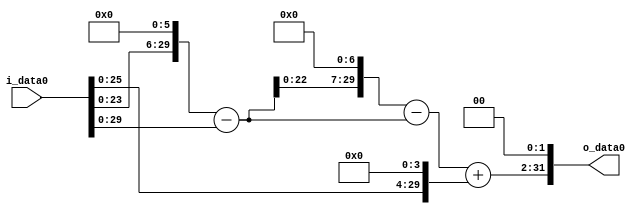
module multiplier_block (
    i_data0,
    o_data0
);

  // Port mode declarations:
  input   [31:0] i_data0;
  output  [31:0]
    o_data0;

  //Multipliers:

  wire [31:0]
    w1,
    w64,
    w63,
    w8064,
    w8001,
    w16,
    w8017,
    w32068;

  assign w1 = i_data0;
  assign w16 = w1 << 4;
  assign w32068 = w8017 << 2;
  assign w63 = w64 - w1;
  assign w64 = w1 << 6;
  assign w8001 = w8064 - w63;
  assign w8017 = w8001 + w16;
  assign w8064 = w63 << 7;

  assign o_data0 = w32068;

  //multiplier_block area estimate = 4756.75197407941;
endmodule